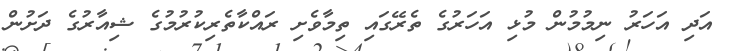
އަދި އަހަރު ނިމުމުން މުޅި އަހަރުގެ ތެރޭގައި ތިމާވެށި ރައްކާތެރިކުރުމުގެ ޝިއާރުގެ ދަށުން